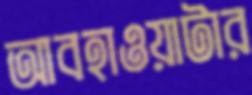
আবহাওয়াটার